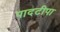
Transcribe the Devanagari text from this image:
पादटीपा